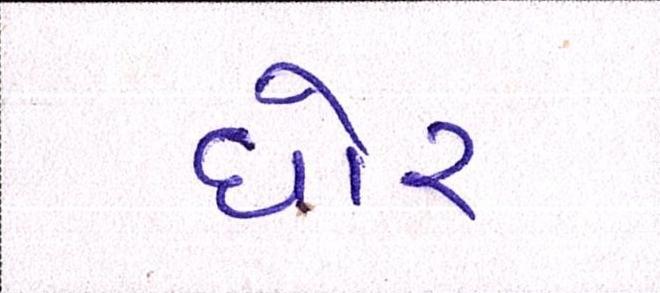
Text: ઘોર